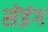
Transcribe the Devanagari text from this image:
सेइंग